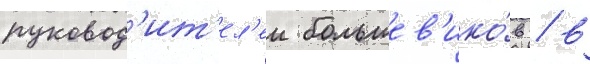
руковод'ит'ел'еи большев'ико́в / в